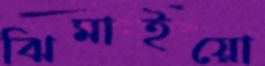
ঝিমাইয়ো